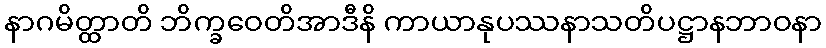
နာဂမိတ္ထာတိ ဘိက္ခဝေတိအာဒီနိ ကာယာနုပဿနာသတိပဋ္ဌာနဘာဝနာ